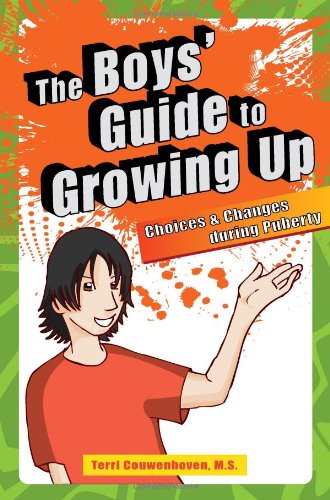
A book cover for The Boys' Guide to Growing Up: Choices and Changes During Puberty; Terri C. Couwenhoven; Teen & Young Adult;